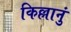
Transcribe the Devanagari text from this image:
किल्लानुं